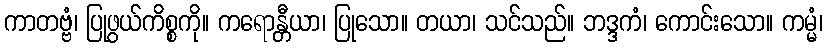
ကာတဗ္ဗံ၊ ပြုဖွယ်ကိစ္စကို။ ကရောန္တီယာ၊ ပြုသော။ တယာ၊ သင်သည်။ ဘဒ္ဒကံ၊ ကောင်းသော။ ကမ္မံ၊